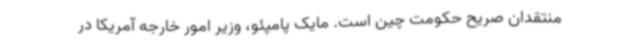
منتقدان صریح حکومت چین است. مایک پامپئو، وزیر امور خارجه آمریکا در